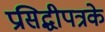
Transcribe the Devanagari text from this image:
प्रसिद्धीपत्रके